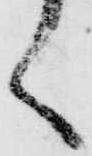
く